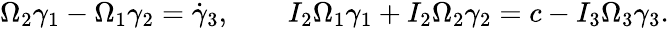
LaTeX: \begin{array}{r}{\Omega_{2}\gamma_{1}-\Omega_{1}\gamma_{2}=\dot{\gamma}_{3},\qquad I_{2}\Omega_{1}\gamma_{1}+I_{2}\Omega_{2}\gamma_{2}=c-I_{3}\Omega_{3}\gamma_{3}.}\end{array}